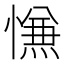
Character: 𰒑